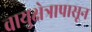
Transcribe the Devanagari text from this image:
वायुक्षेत्रापासून